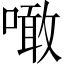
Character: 噉